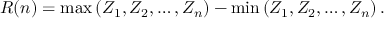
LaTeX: R ( n ) = \max \left( Z _ { 1 } , Z _ { 2 } , \dots , Z _ { n } \right) - \min \left( Z _ { 1 } , Z _ { 2 } , \dots , Z _ { n } \right) .